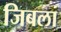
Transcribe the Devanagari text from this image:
जिबला